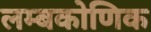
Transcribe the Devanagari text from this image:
लम्बकोणिक